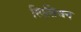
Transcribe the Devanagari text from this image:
रिएसिअन